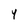
Character: Y